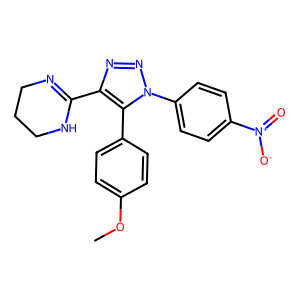
SMILES: COc1ccc(-c2c(C3=NCCCN3)nnn2-c2ccc([N+](=O)[O-])cc2)cc1
Inhibits HIV replication: No